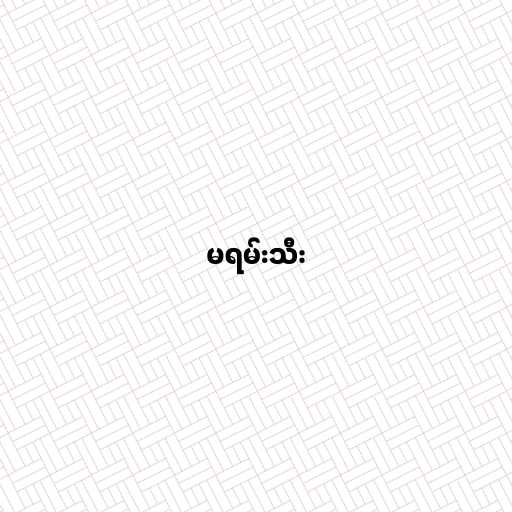
မရမ်းသီး